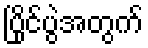
ပြိုင်ပွဲအတွက်